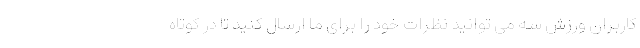
کاربران ورزش سه می توانید نظرات خود را برای ما ارسال کنید تا در کوتاه